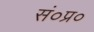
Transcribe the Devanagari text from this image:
सं०प्र०